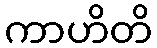
ကာဟိတိ